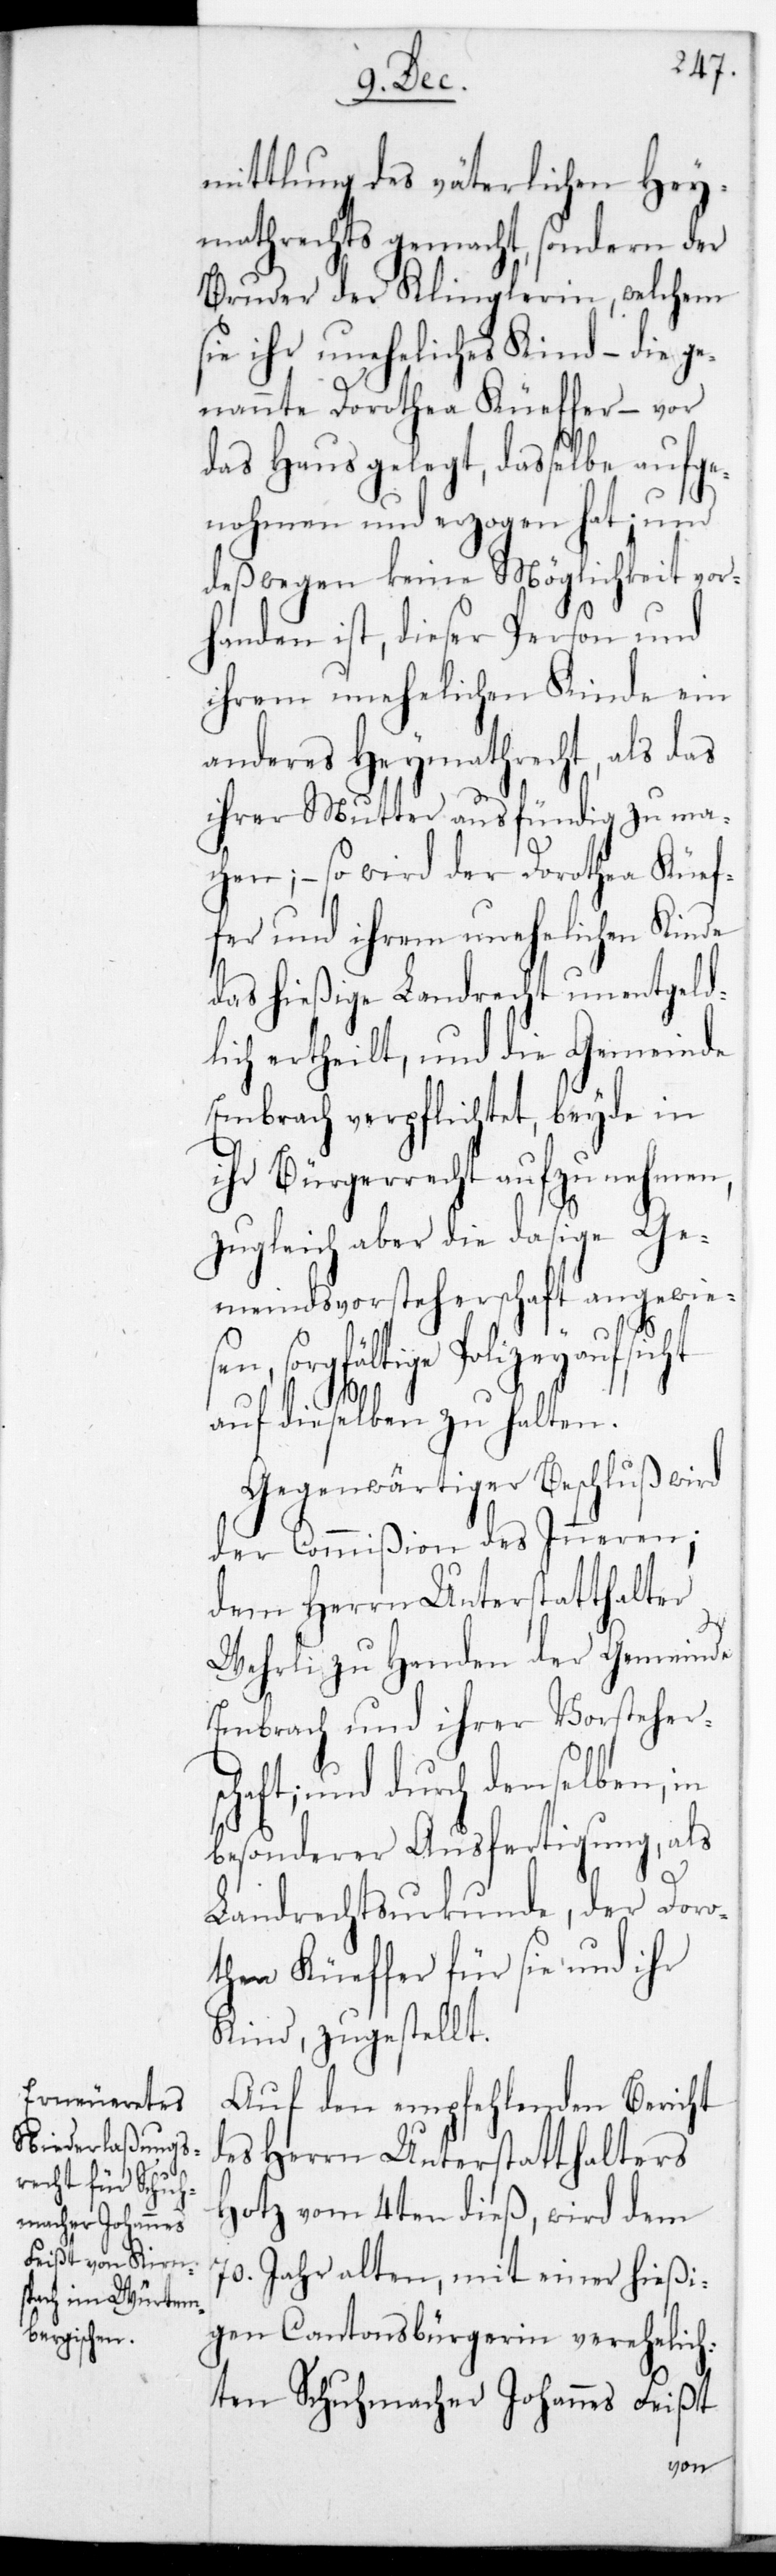
mittlung des väterlichen Hey¬
mathrechts gemacht, sondern der
Bruder der Klinglerin, welchem
sie ihr uneheliches Kind – die g¬
enannte Dorothea Küeffer – vor
das Haus gelegt, daßelbe aufge¬
nohmen und erzogen hat; und
deswegen keine Möglichkeit vor¬
handen ist, dieser Person und
ihrem unehelichen Kinde ein
anderes Heymathrecht, als das
ihrer Mutter ausfündig zu ma¬
chen; so wird der Dorothea Küef¬
fer und ihrem unehelichen Kinde
das hießige Landrecht unentgeld¬
lich ertheilt, und die Gemeinde
Embrach verpflichtet, beyde in
ihr Bürgerrecht aufzunehmen,
zugleich aber die dasige Ge¬
meindvorsteherschaft angewie¬
sen, sorgfältige Polizeyaufsicht
auf dieselben zu halten.
Gegenwärtiger Beschluß wird
der Commißion des Inneren;
dem Herrn Unterstatthalter
Wehrli zu Handen der Gemeinde
Embrach und ihrer Vorstehers¬
chaft; und durch denselben, in
besonderer Ausfertigung, als
Landrechtsurkunde, der Doro¬
thea Küeffer für sie und ihr
Kind, zugestellt.
Auf den empfehlenden Bericht
des Herrn Unterstatthalters
Hotz vom 4ten dieß, wird dem
70. Jahr alten, mit einer hießi¬
gen Cantonsbürgerin verehelich¬
ten Schuhmacher Johannes Feißt